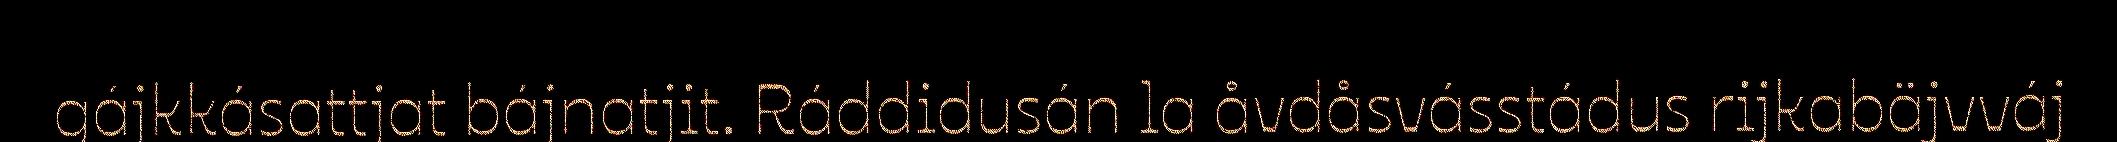
gájkkásattjat bájnatjit. Ráddidusán la åvdåsvásstádus rijkabäjvváj